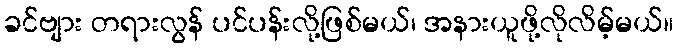
ခင်ဗျား တရားလွန် ပင်ပန်းလို့ဖြစ်မယ်၊ အနားယူဖို့လိုလိမ့်မယ်။